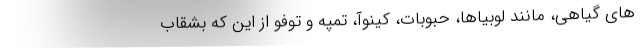
های گیاهی، مانند لوبیاها، حبوبات، کینوآ، تمپه و توفو از این که بشقاب